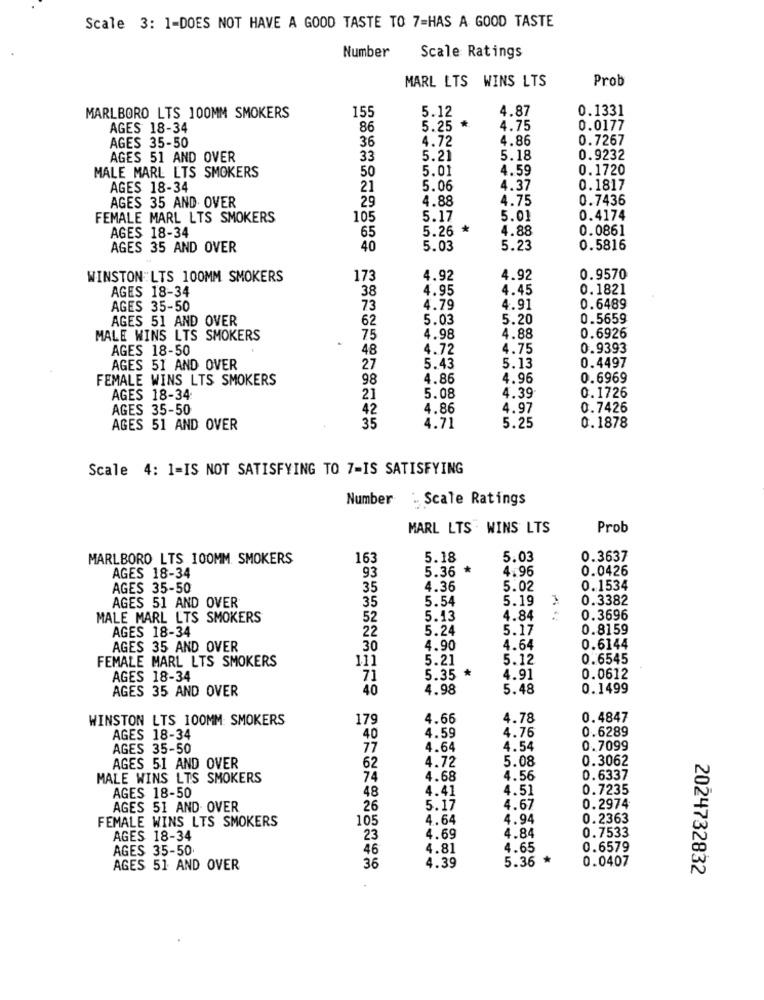
Scale 3: 1-DOES NOT HAVE A GOOD TASTE TO 7=HAS A GOOD TASTE
Number
Scale Ratings
MARL LTS WINS LTS
Prob
155
5.12
4.87
0.1331
MARLBORO LTS 100MM SMOKERS
AGES 18-34
86
5.25 *
4.75
0.0177
AGES 35-50
36
4.72
4.86
0.7267
AGES 51 AND OVER
33
5.21
5.18
0.9232
50
5.01
4.59
0.1720
MALE MARL LTS SMOKERS
AGES 18-34
21
5.06
4.37
0.1817
AGES 35 AND OVER
29
4.88
4.75
0.7436
FEMALE MARL LTS SMOKERS
105
5.17
5.01
0.4174
AGES 18-34
5.26 *
4.88
0.0861
65
AGES 35 AND OVER
40
5.03
5.23
0.5816
WINSTON:LTS 100MM SMOKERS
173
4.92
4.92
0.9570
AGES 18-34
38
4.95
4.45
0.1821
AGES 35-50
73
4.79
4.91
0.6489
AGES 51 AND OVER
62
5.03
5.20
0.5659
MALE WINS LTS SMOKERS
75
4.98
4.88
0.6926
AGES 18-50
48
4.72
4.75
0.9393
AGES 51 AND OVER
27
5.43
5.13
0.4497
FEMALE WINS LTS SMOKERS
98
4.86
4.96
0.6969
4.39
0.1726
AGES 18-34
21
5.08
AGES 35-50
42
4.86
4.97
0.7426
AGES 51 AND OVER
35
4.71
5.25
0.1878
Scale 4: 1-IS NOT SATISFYING TO 7-IS SATISFYING
Number
` Scale Ratings
MARL LTS . WINS LTS
Prob
MARLBORO LTS 100MM SMOKERS
163
5.18
5.03
0.3637
5.36 *
4.96
0.0426
AGES 18-34
93
AGES 35-50
35
4.36
5.02
0.1534
AGES 51 AND OVER
35
5.54
5.19
0.3382
MALE MARL LTS SMOKERS
52
5.13
4.84
0.3696
AGES 18-34
22
5.24
5.17
0.8159
AGES 35 AND OVER
30
4.90
4.64
0.6144
FEMALE MARL LTS SMOKERS
111
5.21
5.12
0.6545
AGES 18-34
71
5.35 *
4.91
0.0612
AGES 35 AND OVER
40
4.98
5.48
0.1499
WINSTON LTS 100MM: SMOKERS
179
4.66
4.78
0.4847
4.59
4.76
0.6289
AGES 18-34
40
AGES 35-50
77
4.64
4.54
0.7099
4.72
5.08
0.3062
AGES 51 AND OVER
62
MALE WINS LTS SMOKERS
74
4.68
4.56
0.6337
48
4.41
4.51
0.7235
AGES 18-50
AGES 51 AND OVER
26
5.17
4.67
0.2974
FEMALE WINS LTS SMOKERS
105
4.64
4.94
0.2363
0.7533
AGES 18-34
23
4.69
4.84
AGES 35-50
46
4.81
4.65
0.6579
5.36 *
0.0407
AGES 51 AND OVER
36
4.39
2024732832